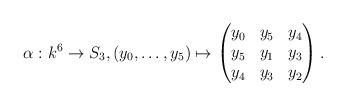
LaTeX: \begin{gather*}\alpha:k^6\to S_3,(y_0,\dots,y_5)\mapsto\begin{pmatrix}y_0&y_5&y_4\\y_5&y_1&y_3\\y_4&y_3&y_2\end{pmatrix}.\end{gather*}